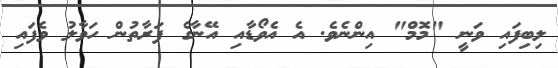
ލިބިފައި ވަނީ "މޮމް" އިންނެވެ. އެ އެވޯޑާއި އޭނާގެ ފަރާތުން ހަވާލު ވެފައި